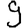
Digit: 9